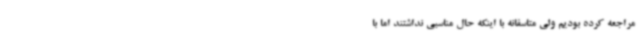
مراجعه کرده بودیم ولی متاسفانه با اینکه حال مناسبی نداشتند اما با